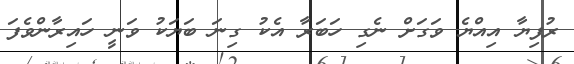
ރުފިޔާ އިއްޔެ ވަގަށް ނެގި ހަބަރާ އެކު ގިނަ ބަޔަކު ވަނީ ހައިރާންވެފަ